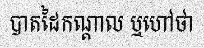
បាតដៃកណ្តាល ឬហៅថា